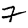
Digit: 7